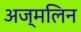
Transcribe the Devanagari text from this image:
अज्मलिन